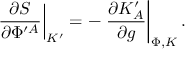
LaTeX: \left. { \frac { \partial S } { \partial \Phi ^ { \prime A } } } \right| _ { K ^ { \prime } } = - \left. { \frac { \partial K _ { A } ^ { \prime } } { \partial g } } \right| _ { \Phi , K } .